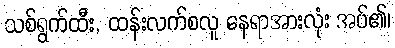
သစ်ရွက်ထီး, ထန်းလက်စလူ နေရာအားလုံး အပ်၏၊